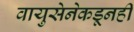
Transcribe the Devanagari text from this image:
वायुसेनेकडूनही